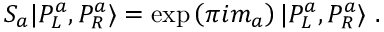
S _ { a } | P _ { L } ^ { a } , P _ { R } ^ { a } \rangle = \exp \left( \pi i m _ { a } \right) | P _ { L } ^ { a } , P _ { R } ^ { a } \rangle ~ .